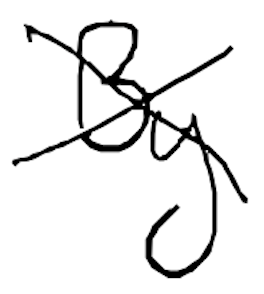
Text: By
Cross-out: cross
Writing tool: digital_black